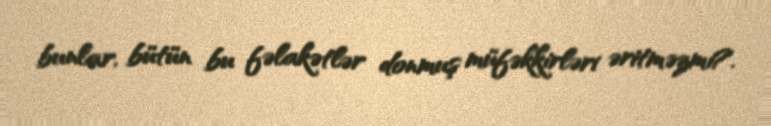
bunlar, bütün bu fəlakətlər donmuş müfəkkirləri əritməzmi?.